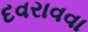
દવરાવવા